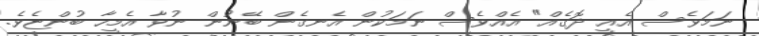
ނަމަވެސް އެއީ ދޮގެއް" އެއްވެސް ނަމަކުން އެނގެން ބޭނުން ނުވާ އެމީހާ ބުންޏެވެ.